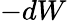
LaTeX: -dW